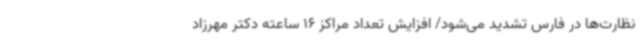
نظارت‌ها در فارس تشدید می‌شود/ افزایش تعداد مراکز 16 ساعته دکتر مهرزاد